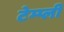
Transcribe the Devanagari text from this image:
टेम्प्ली